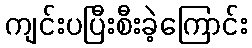
ကျင်းပပြီးစီးခဲ့ကြောင်း